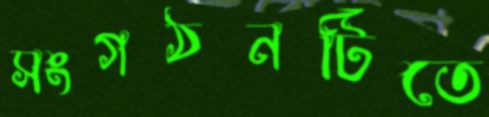
সংগঠনটিতে